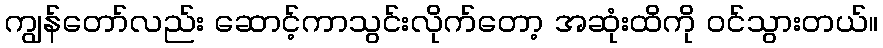
ကျွန်တော်လည်း ဆောင့်ကာသွင်းလိုက်တော့ အဆုံးထိကို ဝင်သွားတယ်။